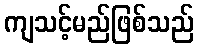
ကျသင့်မည်ဖြစ်သည်